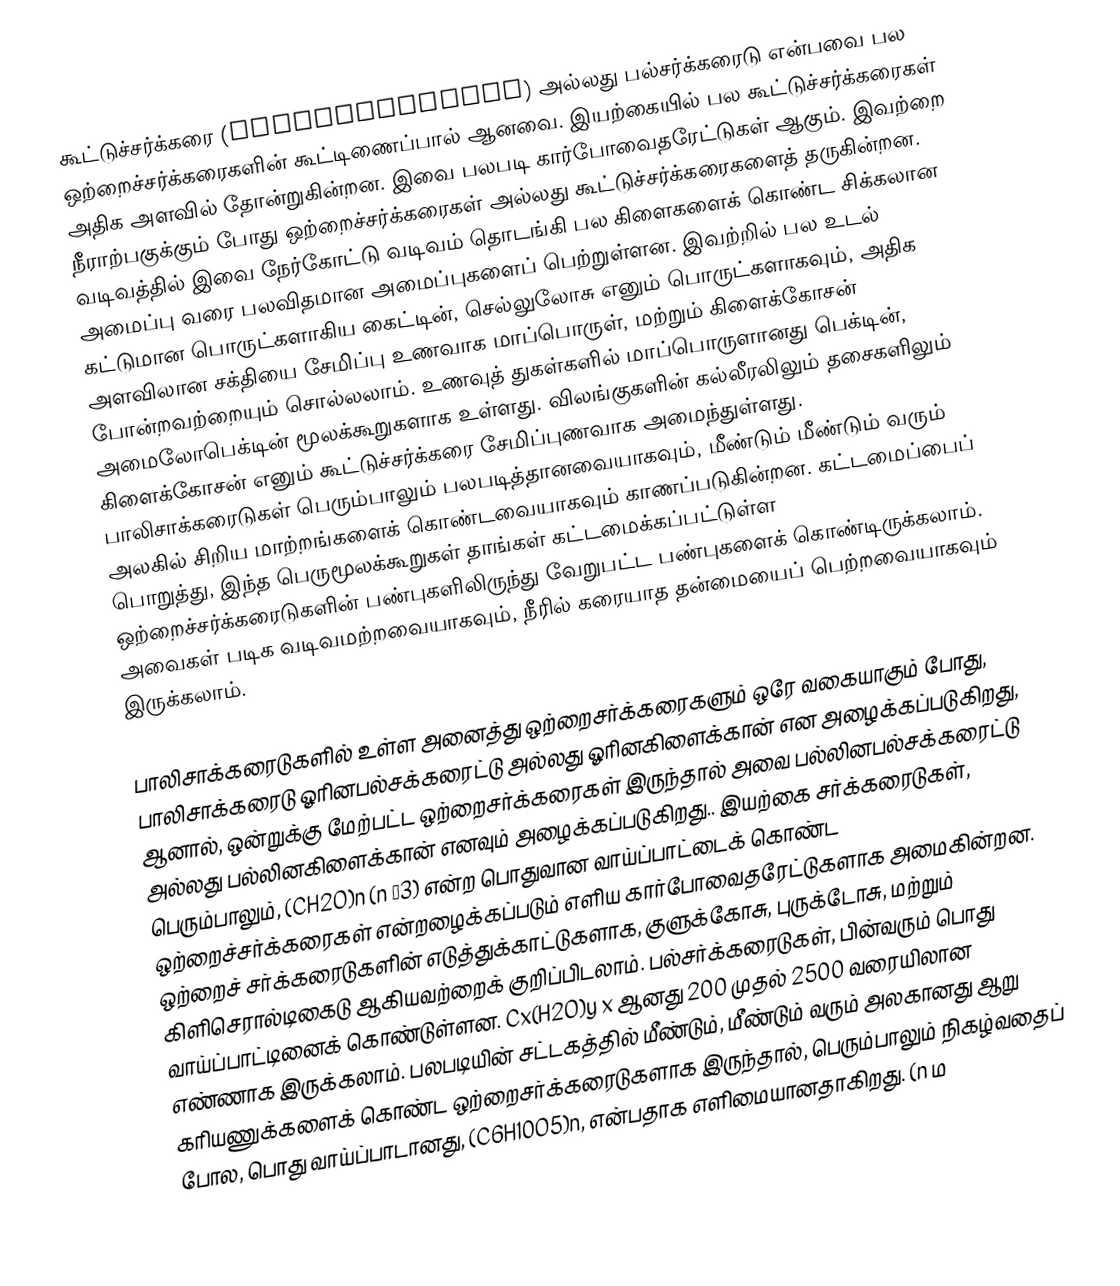
கூட்டுச்சர்க்கரை (Polysaccharide) அல்லது பல்சர்க்கரைடு என்பவை பல ஒற்றைச்சர்க்கரைகளின் கூட்டிணைப்பால் ஆனவை. இயற்கையில் பல கூட்டுச்சர்க்கரைகள் அதிக அளவில் தோன்றுகின்றன. இவை பலபடி கார்போவைதரேட்டுகள் ஆகும். இவற்றை நீராற்பகுக்கும் போது ஒற்றைச்சர்க்கரைகள் அல்லது கூட்டுச்சர்க்கரைகளைத் தருகின்றன. வடிவத்தில் இவை நேர்கோட்டு வடிவம் தொடங்கி பல கிளைகளைக் கொண்ட சிக்கலான அமைப்பு வரை பலவிதமான அமைப்புகளைப் பெற்றுள்ளன. இவற்றில் பல உடல் கட்டுமான பொருட்களாகிய கைட்டின், செல்லுலோசு எனும் பொருட்களாகவும், அதிக அளவிலான சக்தியை சேமிப்பு உணவாக மாப்பொருள், மற்றும் கிளைக்கோசன் போன்றவற்றையும் சொல்லலாம். உணவுத் துகள்களில் மாப்பொருளானது பெக்டின், அமைலோபெக்டின் மூலக்கூறுகளாக உள்ளது. விலங்குகளின் கல்லீரலிலும் தசைகளிலும் கிளைக்கோசன் எனும் கூட்டுச்சர்க்கரை சேமிப்புணவாக அமைந்துள்ளது. பாலிசாக்கரைடுகள் பெரும்பாலும் பலபடித்தானவையாகவும், மீண்டும் மீண்டும் வரும் அலகில் சிறிய மாற்றங்களைக் கொண்டவையாகவும் காணப்படுகின்றன. கட்டமைப்பைப் பொறுத்து, இந்த பெருமூலக்கூறுகள் தாங்கள் கட்டமைக்கப்பட்டுள்ள ஒற்றைச்சர்க்கரைடுகளின் பண்புகளிலிருந்து வேறுபட்ட பண்புகளைக் கொண்டிருக்கலாம். அவைகள் படிக வடிவமற்றவையாகவும், நீரில் கரையாத தன்மையைப் பெற்றவையாகவும் இருக்கலாம்.

பாலிசாக்கரைடுகளில் உள்ள அனைத்து ஒற்றைசர்க்கரைகளும் ஒரே வகையாகும் போது, பாலிசாக்கரைடு ஓரினபல்சக்கரைட்டு அல்லது ஓரினகிளைக்கான் என அழைக்கப்படுகிறது, ஆனால், ஒன்றுக்கு மேற்பட்ட ஒற்றைசர்க்கரைகள் இருந்தால் அவை  பல்லினபல்சக்கரைட்டு  அல்லது பல்லினகிளைக்கான் எனவும் அழைக்கப்படுகிறது.. இயற்கை சர்க்கரைடுகள், பெரும்பாலும், (CH2O)n (n ≥3) என்ற பொதுவான வாய்ப்பாட்டைக் கொண்ட ஒற்றைச்சர்க்கரைகள் என்றழைக்கப்படும் எளிய கார்போவைதரேட்டுகளாக அமைகின்றன.  ஒற்றைச் சர்க்கரைடுகளின் எடுத்துக்காட்டுகளாக, குளுக்கோசு, புருக்டோசு, மற்றும் கிளிசெரால்டிகைடு  ஆகியவற்றைக் குறிப்பிடலாம். பல்சர்க்கரைடுகள், பின்வரும் பொது வாய்ப்பாட்டினைக் கொண்டுள்ளன. Cx(H2O)y x ஆனது 200 முதல் 2500 வரையிலான எண்ணாக இருக்கலாம். பலபடியின் சட்டகத்தில் மீண்டும், மீண்டும் வரும் அலகானது ஆறு கரியணுக்களைக் கொண்ட ஒற்றைசர்க்கரைடுகளாக இருந்தால், பெரும்பாலும் நிகழ்வதைப் போல, பொது வாய்ப்பாடானது, (C6H10O5)n, என்பதாக எளிமையானதாகிறது.  (n ம